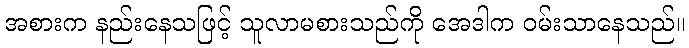
အစားက နည်းနေသဖြင့် သူလာမစားသည်ကို အေဒါက ဝမ်းသာနေသည်။